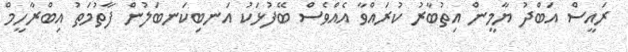
ރައީސް އަބްދު ޔާމީން އިތުބާރު ކުރައްވާ އެއްވެސް ބޭފުޅަކު އަނބިކަނބަލުން ފާތުމަތު އިބްރާހީމް